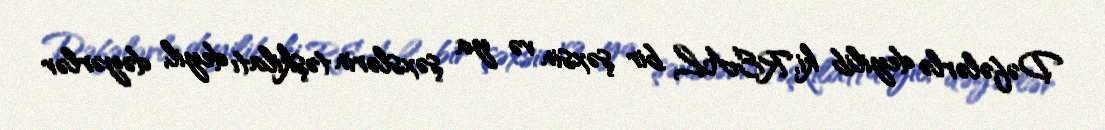
Dəfələrlə deyilib ki, REAL bir şəxsin və ya şəxslərin təşkilatı deyil, dəyərlər